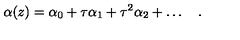
\alpha ( z ) = \alpha _ { 0 } + \tau \alpha _ { 1 } + \tau ^ { 2 } \alpha _ { 2 } + \ldots \quad .